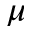
\mu